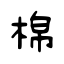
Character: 棉